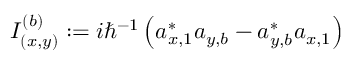
I _ { ( x , y ) } ^ { ( b ) } : = i \hbar ^ { - 1 } \left( a _ { x , 1 } ^ { \ast } a _ { y , b } - a _ { y , b } ^ { \ast } a _ { x , 1 } \right)